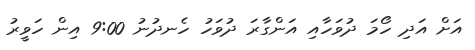
އަށް އަދި ހޯމަ ދުވަހާއި އަންގާރަ ދުވަހު ހެނދުނު 9:00 އިން ހަވީރު